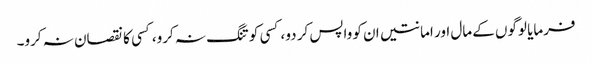
فرمایا لوگوں کے مال اور امانتیں ان کو واپس کر دو، کسی کو تنگ نہ کرو،کسی کا نقصان نہ کرو۔